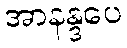
အာနန္ဒပေ